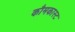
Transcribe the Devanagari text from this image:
कौमकास्ट